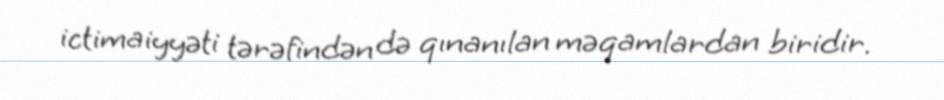
ictimaiyyəti tərəfindən də qınanılan məqamlardan biridir.